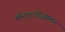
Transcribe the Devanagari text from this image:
मीनाट्चीअम्मन